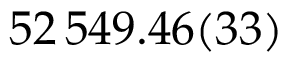
5 2 \, 5 4 9 . 4 6 ( 3 3 )